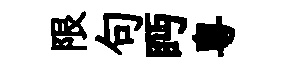
限句眄粵